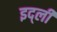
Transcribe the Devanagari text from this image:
इद्ली